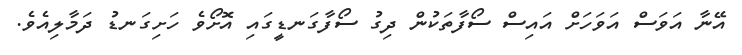
އޭނާ އަވަސް އަވަހަށް އައިސް ސޯފާތަކުން ދިގު ސޯފާގަނޑީގައި އޮށޯވެ ހަށިގަނޑު ދަމާލިއެވެ.